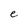
Character: e